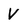
Character: V